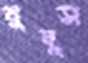
নুদুস